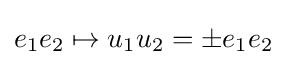
e_{1}e_{2}\mapsto u_{1}u_{2}=\pm e_{1}e_{2}